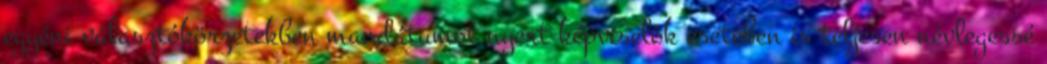
egyéni választókörzetekben mandátumot nyert képviselõk esetében is teljesen névlegessé